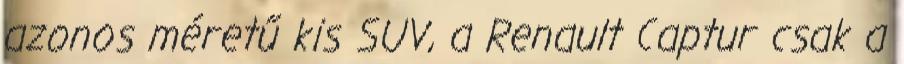
azonos méretű kis SUV, a Renault Captur csak a